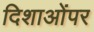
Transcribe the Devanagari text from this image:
दिशाओंपर